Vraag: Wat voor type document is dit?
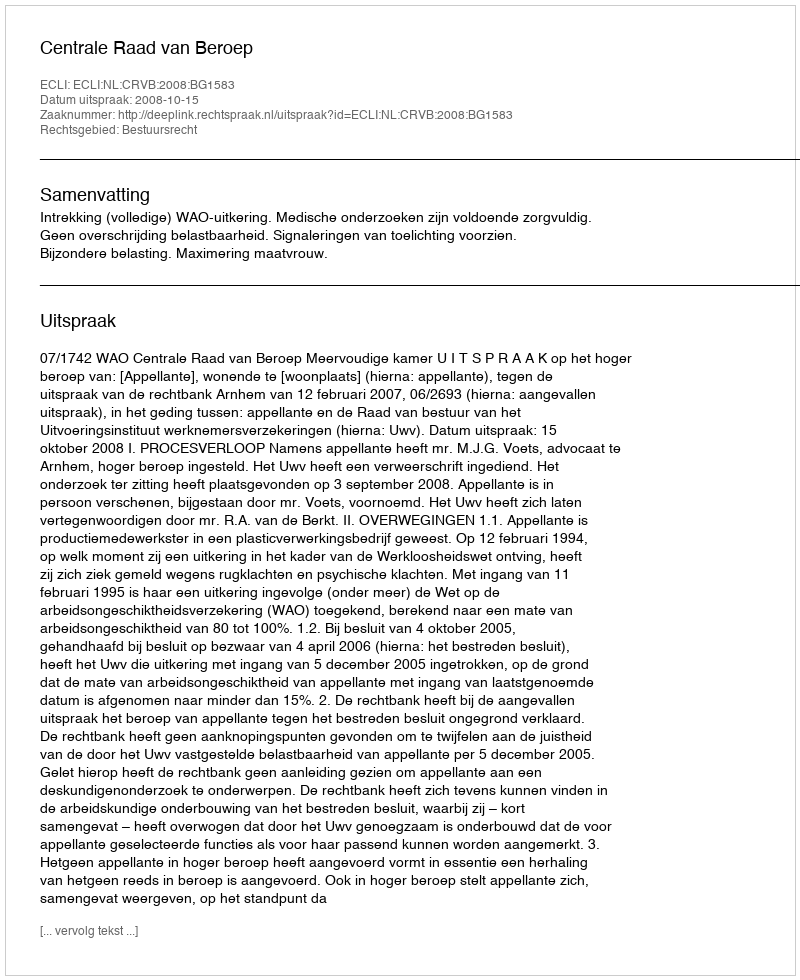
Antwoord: Uitspraak